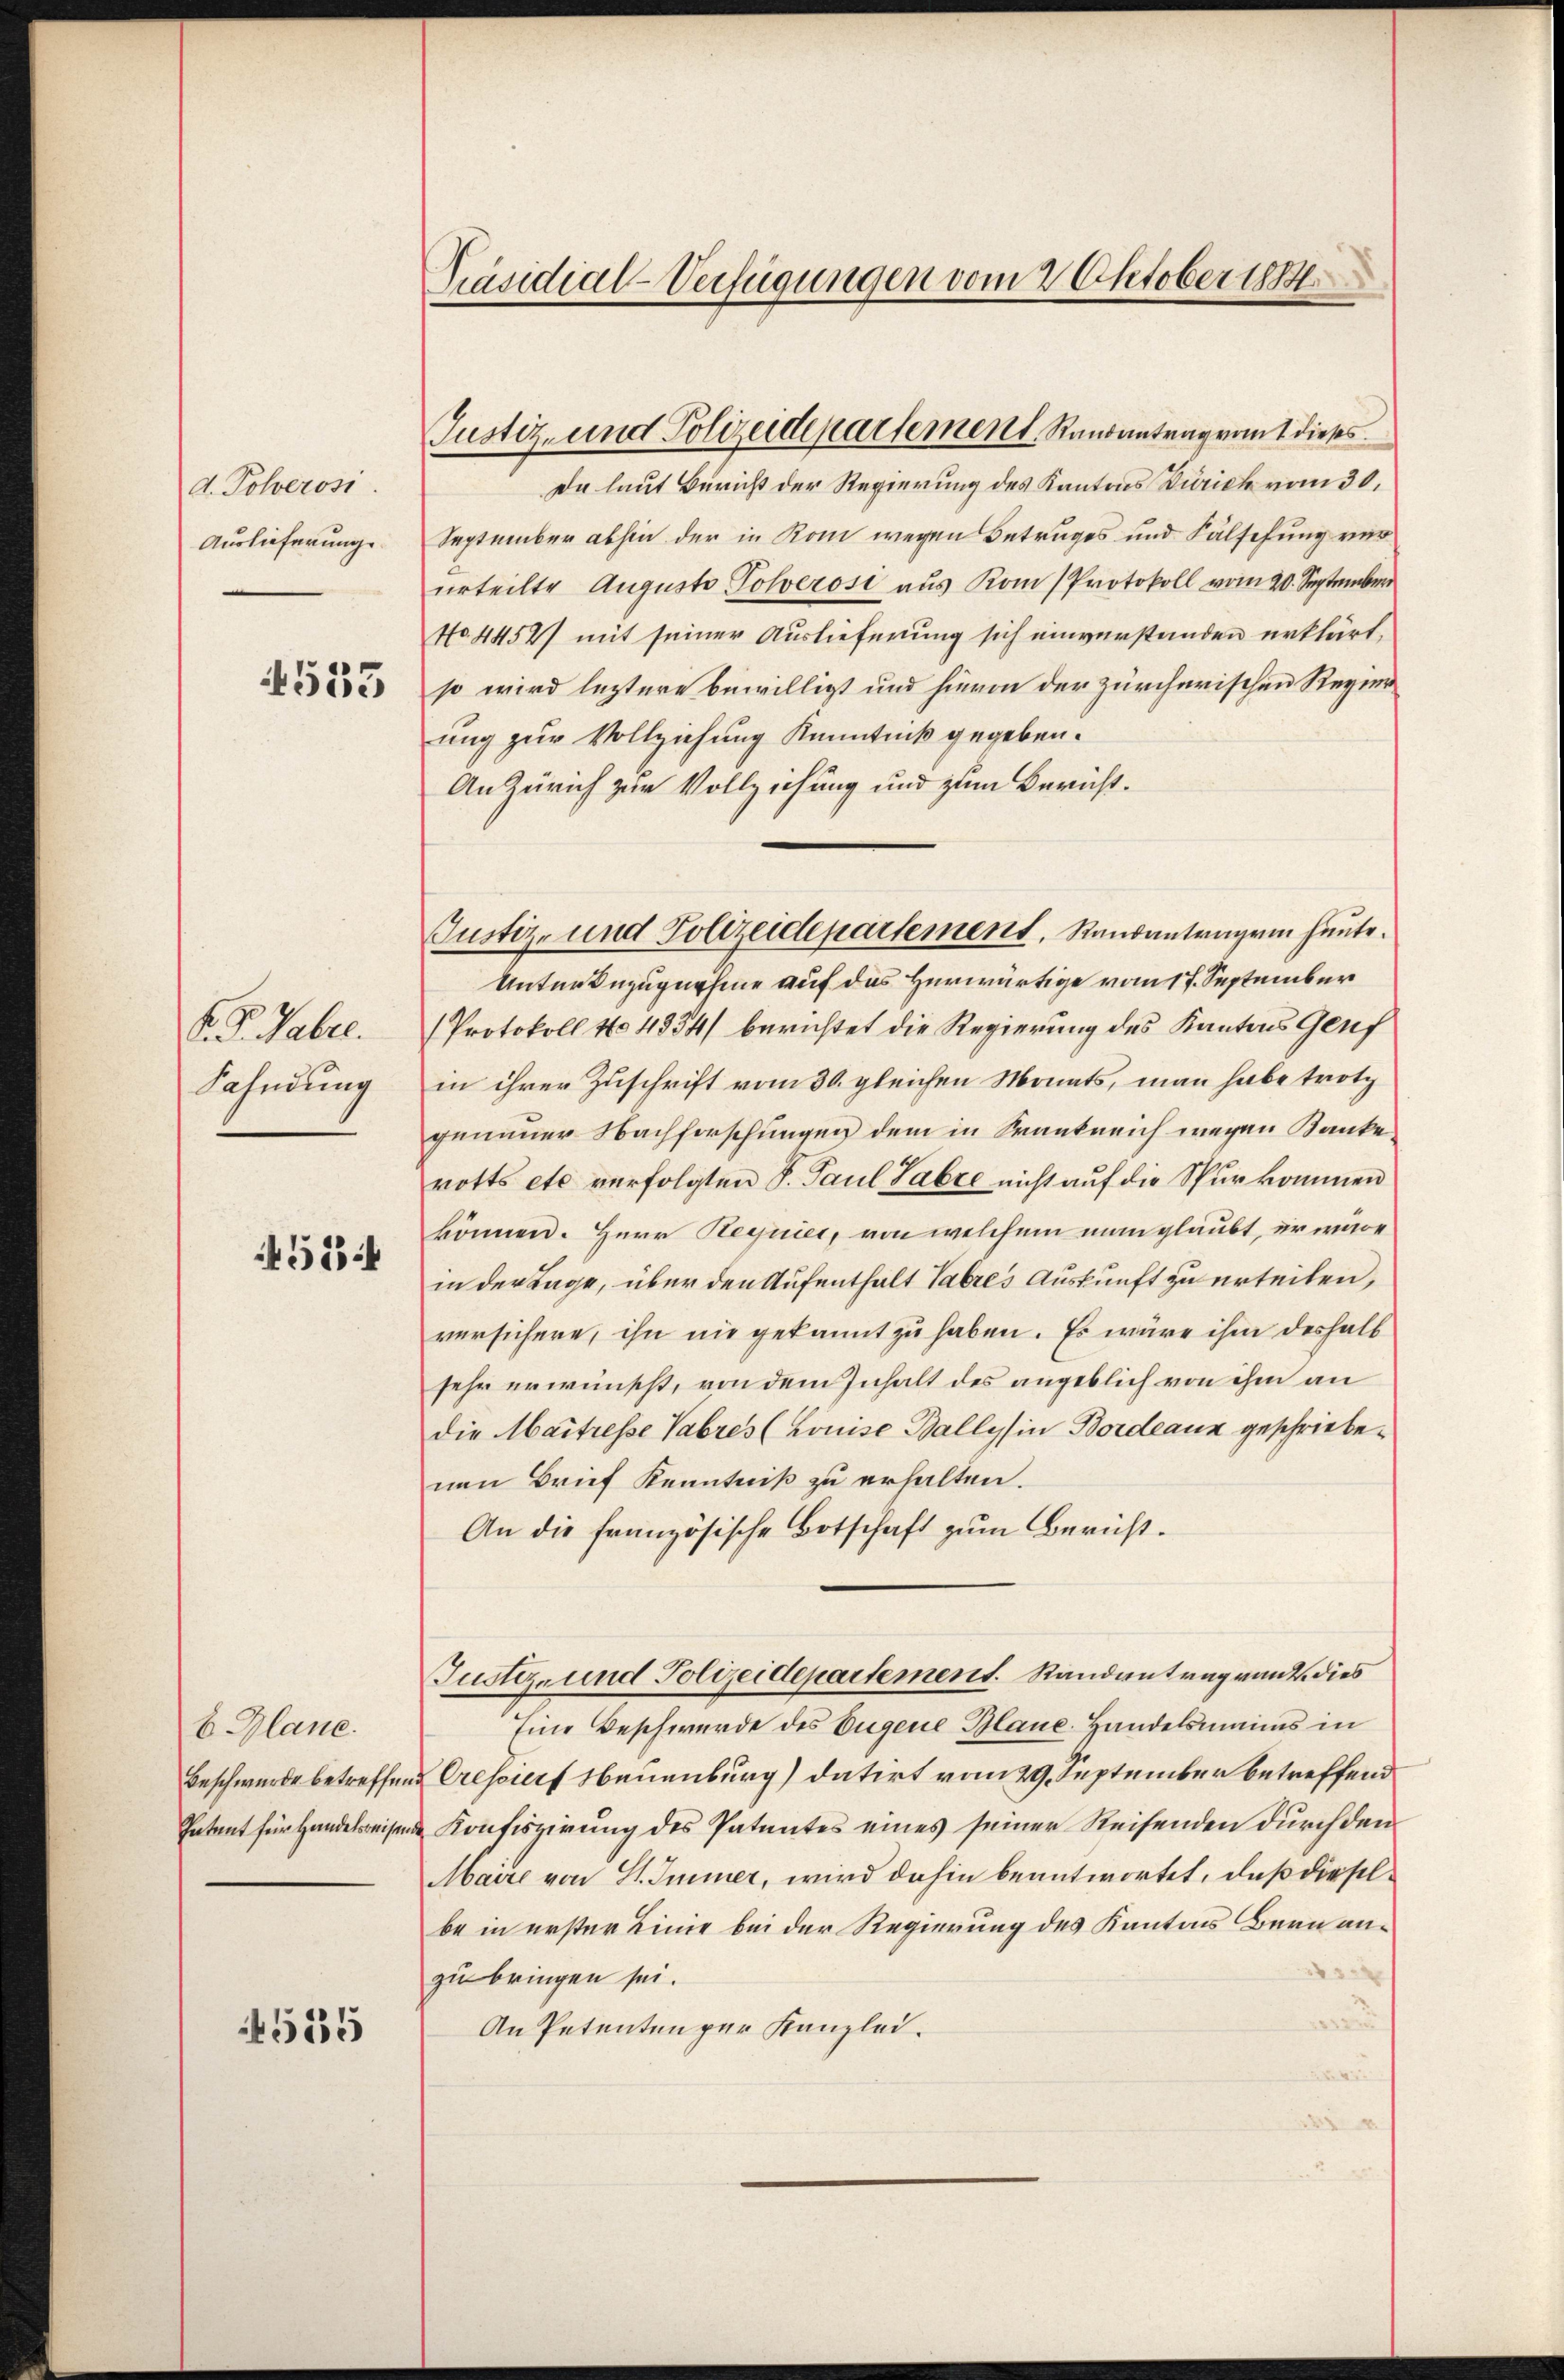
d. Polverosi
Auslieferung.

533

. P. Habel.
Fahndung

45534

b Glane.
Beschwurde betreffen.
Patent für Handelsreisende

4555

Präsidial-Verfügungen vom 2 Oktober 1888.

Justiz- und Polizeidepartement, Randantrag vom 1 dieses

Da laut Bericht der Regierung des Kantons Zürich vom 30.
September abhin der in Kom wegen Betruges und Fälschung ver
urteilte Augusto Polverosi aus Kom Protokoll vom 20. September
No 4452) mit seiner Auslieferung sich einverstanden erklärt,
so wird leztere bewilligt und hievon der zürcherischen Regier
ung zur Vollziehung Kenntniß gegeben.
An Zürich zur Vollziehung und zum Bericht.
Unterbezugnahme auf das Herwärtige vom 17. September
Protokoll No 4334/ berichtet die Regierung des Kantons Genf
in ihrer Zuschrift vom 30. gleichen Monats, man habe trotz
genommer Nachforschungen dem in Krankreich wegen Kanke
rotts etc. verfolgten S. Paul Sabre nicht auf die Spurkommen
können. Herr Hegnier, von welchem man glaubt, er wäre
in der Lage, über den Aufenthalt Tabres Auskunft zu erteilen,
versichere, ihn nie gekannt zu haben. Es wäre ihm deshalb
sehr erwünscht, von dem Inhalt des angeblich von ihm an
die Maitresse Tabres (Louise Ballys in Bordeaux geschriebenen Brief Kenntniß zu erhalten.
An die französische Botschaft zum Bericht.
Justiz- und Polizeidepartement. Randantrag vant dies
Eine Beschwurde des Eugene Blaue Handelsmanns in
Cressurf Neuenburg) datirt vom 29. September betreffend
Konfiszirung des Patentes eines seiner Reisenden durch den
Maire von St. Immer, wird dahin beantwortet, daß dieselbe in erster Linie bei der Regierung des Kantons Bern anzu bringen sei.
An Petenten per Kanzlei.

Justiz- und Polizeidepartement, Raubantragen heute.